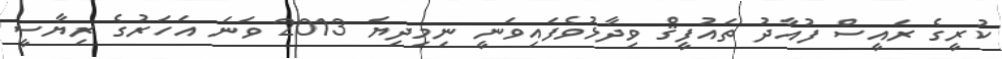
ކުރީގެ ރައީސް ފުއާދު ތައުފީޤް ވިދާޅުވެފައިވަނީ ނިމިދިޔަ 2013 ވަނަ އަހަރުގެ ރިޔާސީ